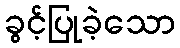
ခွင့်ပြုခဲ့သော